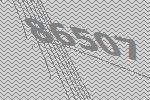
86507